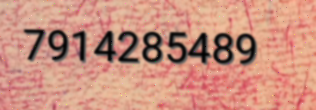
7914285489